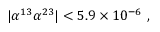
| \alpha ^ { 1 3 } \alpha ^ { 2 3 } | < 5 . 9 \times 1 0 ^ { - 6 } \ ,